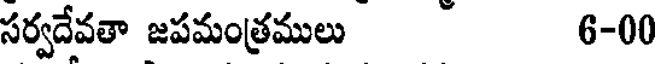
సర్వదేవతా జపమంత్రములు 6-00